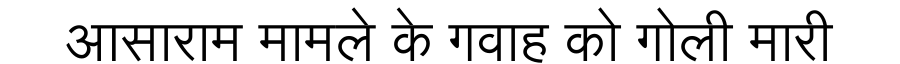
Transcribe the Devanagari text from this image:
आसाराम मामले के गवाह को गोली मारी